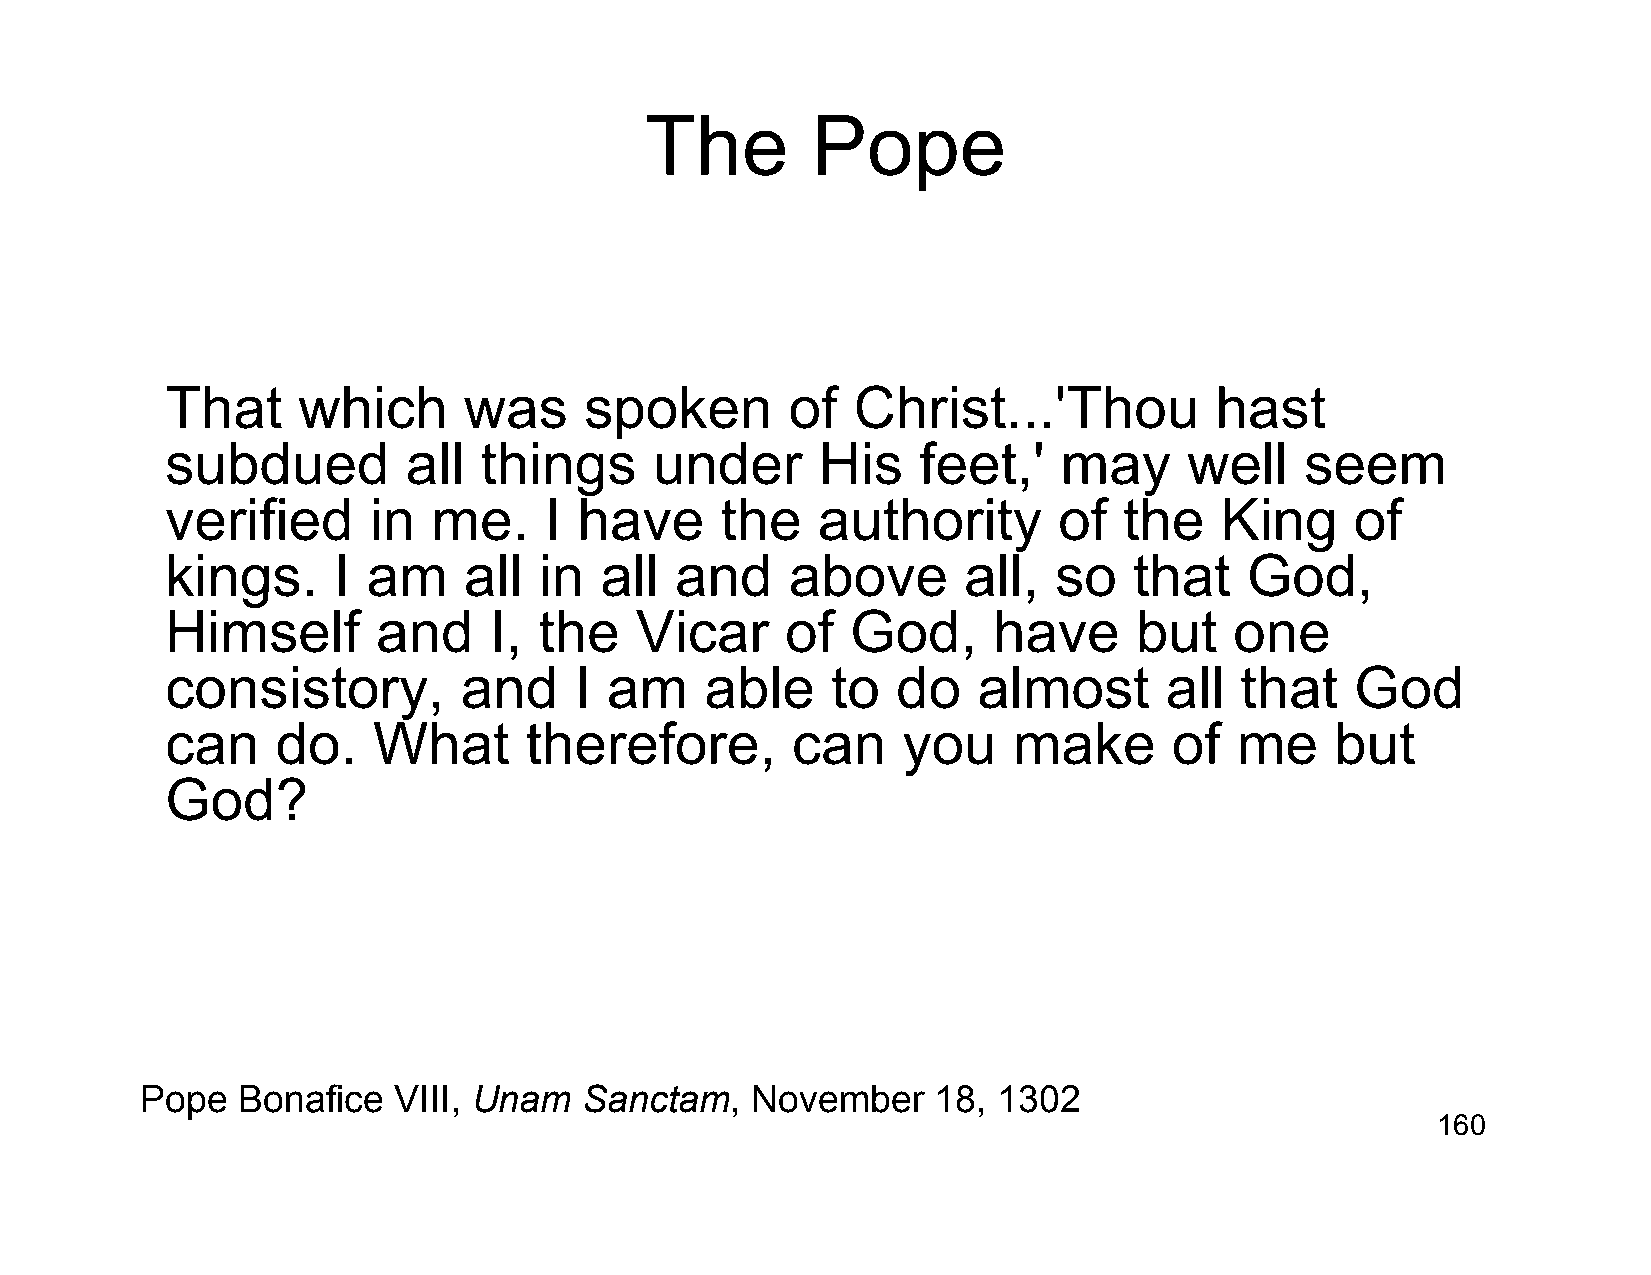
The        Pope
 That     which      was     spoken       of  Christ...'Thou          hast
 subdued         all  things     under      His    feet,'   may      well   seem
 verified     in   me.    I have      the   authority       of  the    King     of
 kings.     I am     all  in  all  and    above       all,  so   that   God,
 Himself       and    I,  the   Vicar     of  God,      have     but    one
 consistory,        and     I am     able    to  do    almost      all  that    God
 can    do.    What      therefore,       can     you    make       of  me    but
 God?
 Pope   Bonafice  VIII, Unam   Sanctam,   November    18, 1302
 160